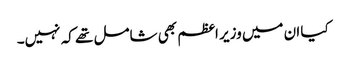
کیا ان میں وزیر اعظم بھی شامل تھے کہ نہیں۔